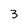
Character: 3